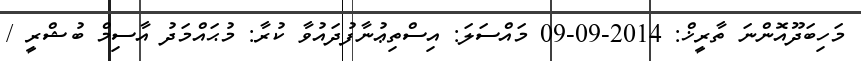
މަހިބަދޫއޮންނަ ތާރީޚް: 2014-09-09 މައްސަލަ: އިސްތިޢުނާފުދައުވާ ކުރާ: މުޙައްމަދު އާސިމް ބުޝްރީ /